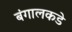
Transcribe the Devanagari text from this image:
बंगालकडे